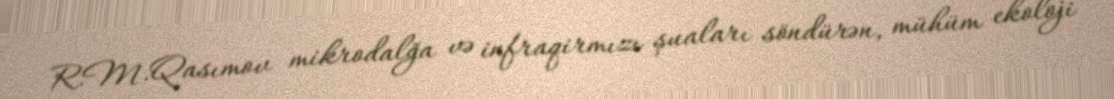
R.M.Qasımov mikrodalğa və infraqirmızı şuaları söndürən, mühüm ekoloji